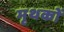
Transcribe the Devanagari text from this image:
मृथकों